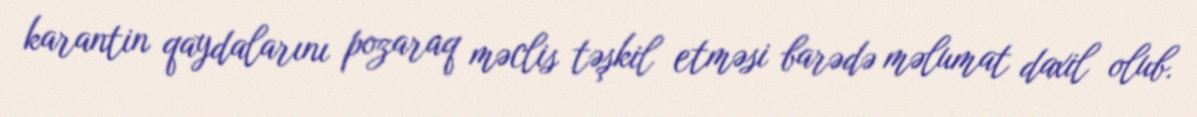
karantin qaydalarını pozaraq məclis təşkil etməsi barədə məlumat daxil olub.